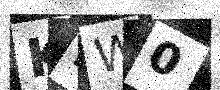
Text: K2W0